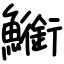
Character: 䲗